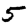
Digit: 5